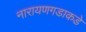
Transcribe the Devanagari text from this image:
नारायणगडाकडे